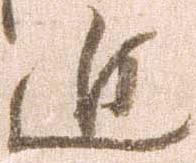
近